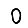
Digit: 0